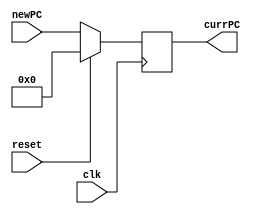
module ProgramCounter(
	input wire clk,
	input wire reset,
	input [31:0] newPC,
	output [31:0] currPC);
	
	reg [31:0] currPCreg;
	
	always @(posedge clk) begin
	
		if (reset) begin
			currPCreg <= 32'b0;
		end
		else begin
			currPCreg <= newPC;
		end
		
	end
	
	assign currPC = currPCreg;
	
endmodule